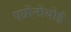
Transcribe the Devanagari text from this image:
एग्रोनोयोई